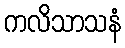
ကလိသာသနံ